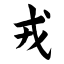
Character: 戎